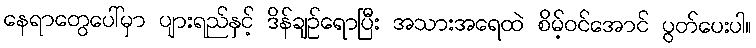
နေရာတွေပေါ်မှာ ပျားရည်နှင့် ဒိန်ချဉ်ရောပြီး အသားအရေထဲ စိမ့်ဝင်အောင် ပွတ်ပေးပါ။